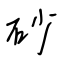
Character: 砂